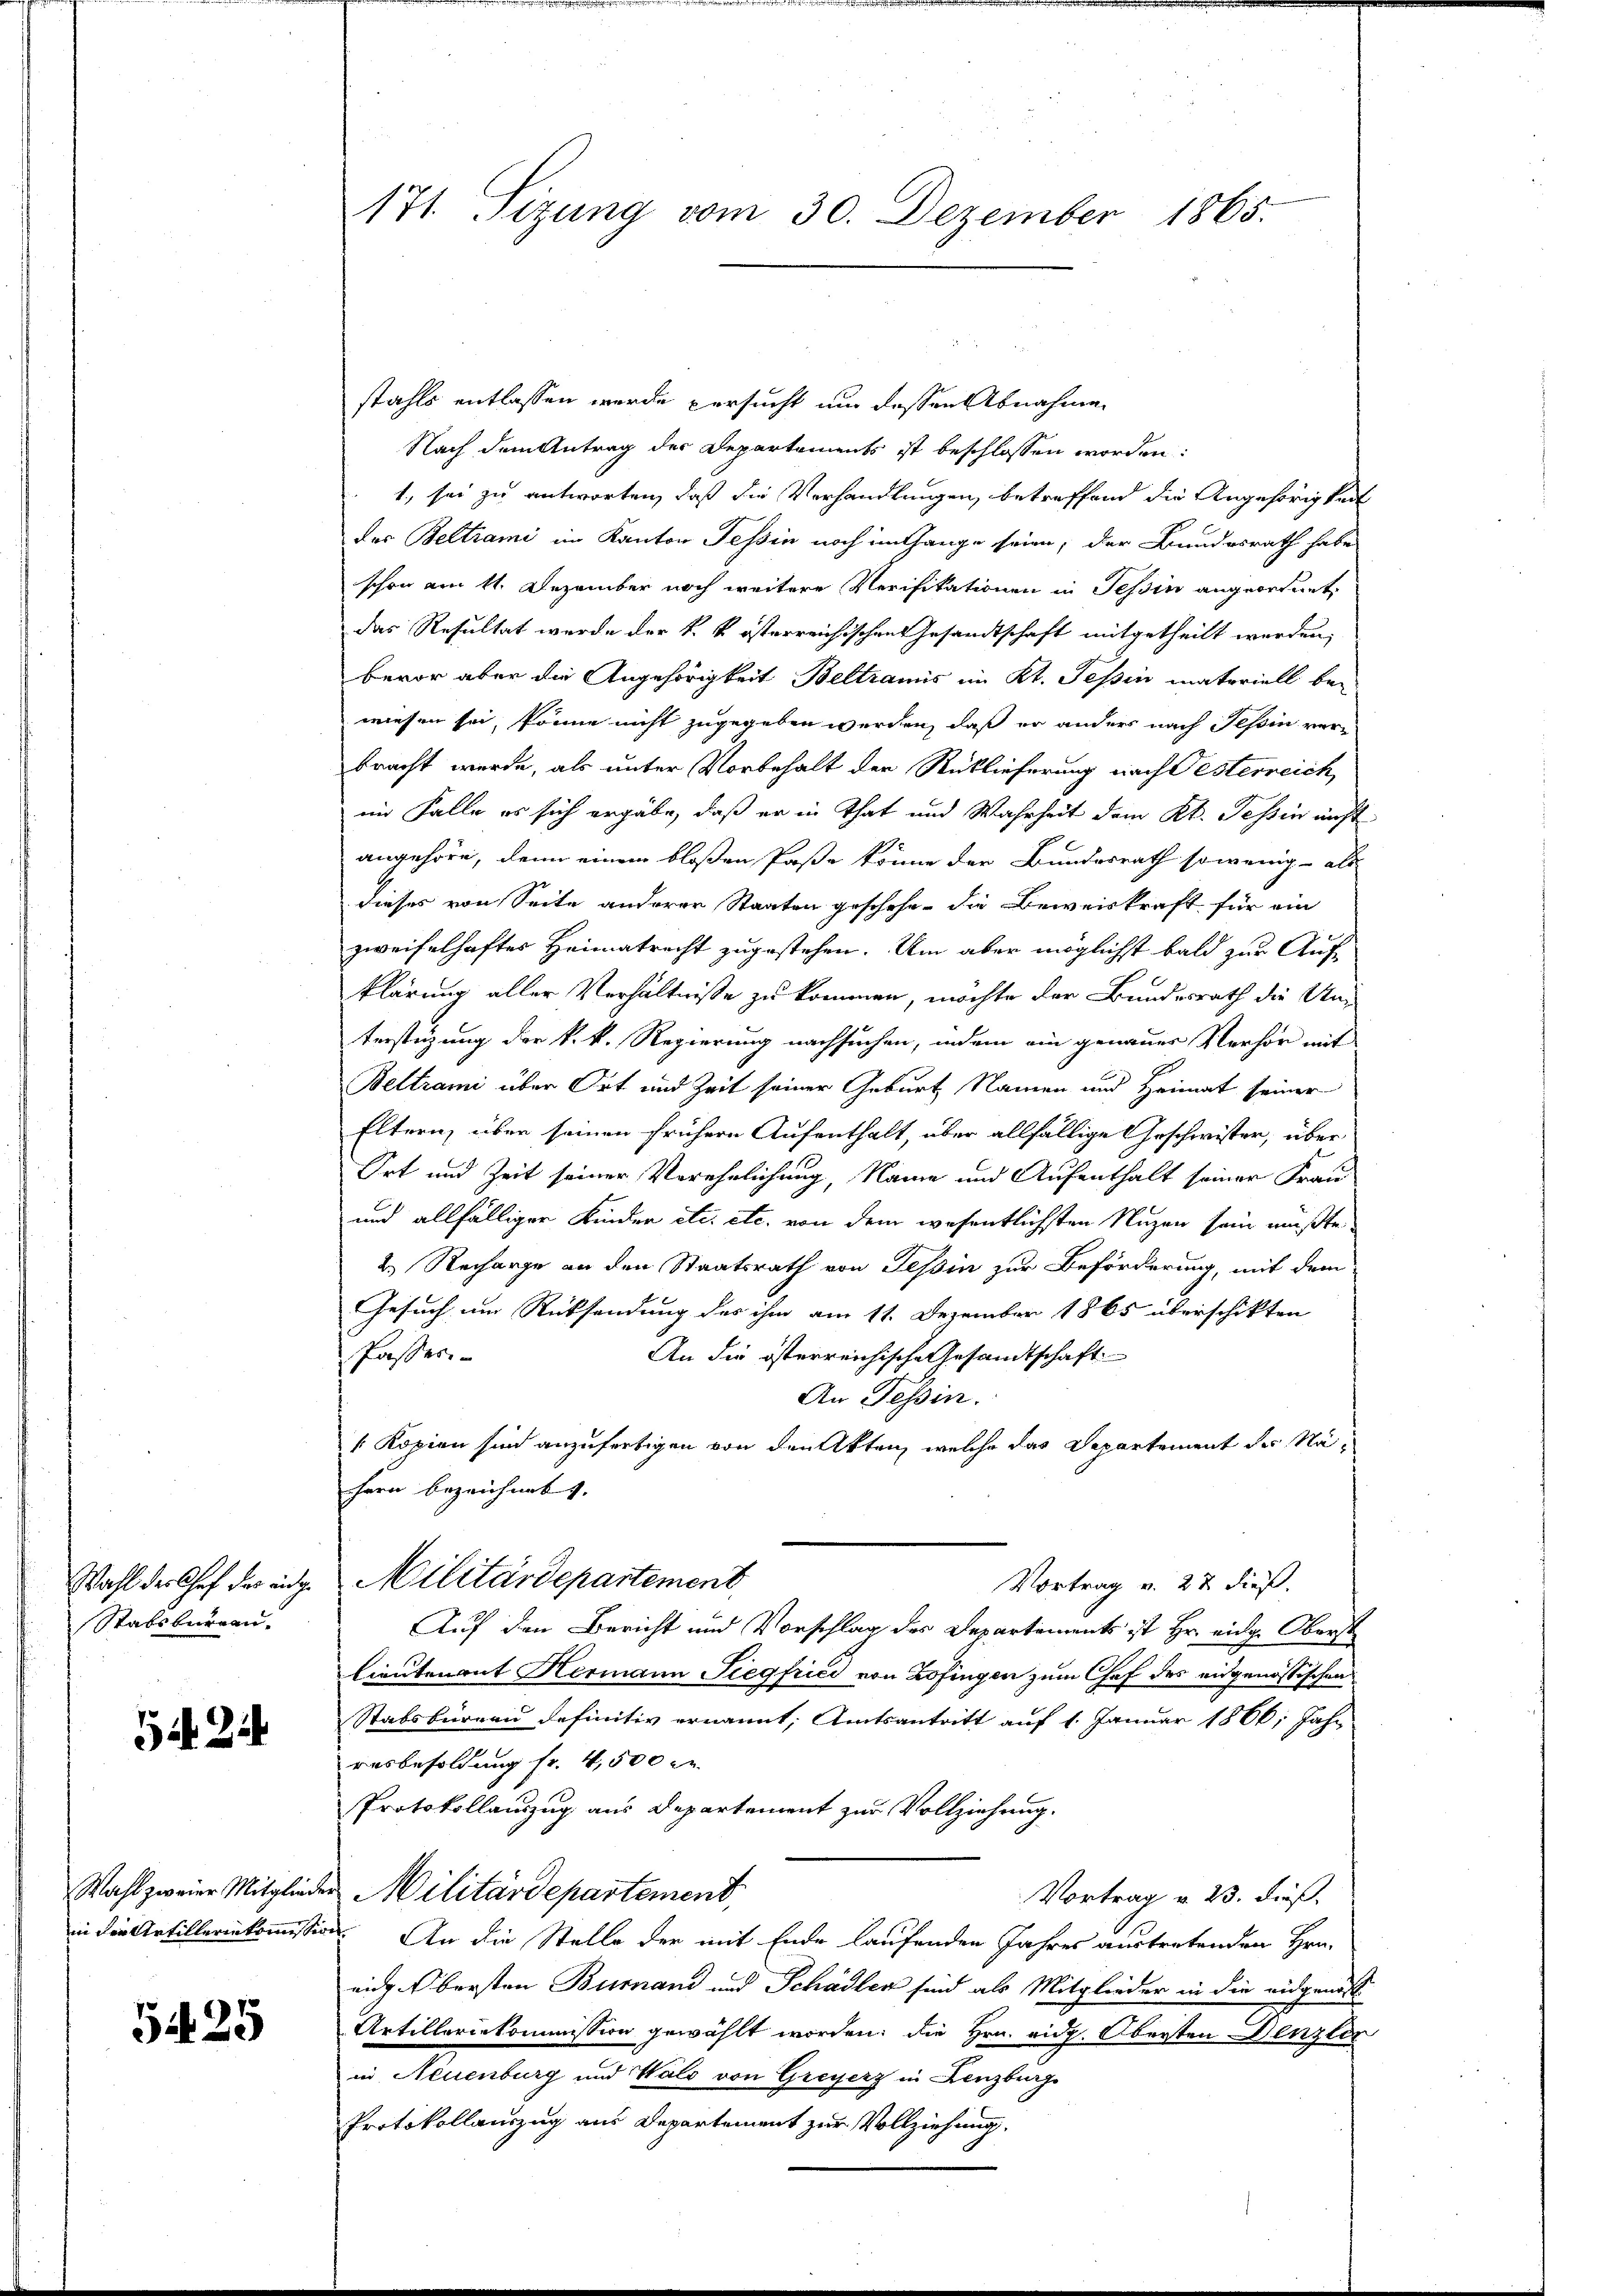
Stabsbureau.

G. 24

5425

stahls entlassen werde versucht um dessen Abnahme
Nach dem Antrag der Departements ist beschlossen worden:
1., sei zu antworten, daß die Verhandlungen, betreffend die Angehörigkeit
des Beltrami im Kanton Tessin noch im Gange seien, der Bundesrath habe
schon am 11. Dezember noch weitere Verifikationen in Tessin angeordnet,
das Resultat werde der k. k. österreichischen Gesandtschaft mitgetheilt worden,
bevor aber die Angehörigkeit Beltramis im Kt. Tessin materiell bewiesen sei, könne nicht zugegeben werden, daß er anders nach Tessin verbracht werde, als unter Vorbehalt der Reblieferung nach Testerreich
im Falle es sich ergäbe, daß er in That und Wahrheit dem Kt. Tessin nicht
angehöre, denn einem bloßen Paße könne der Bundesrath sowenig - als
dieses von Seite anderer Staaten geschehe, die Beweiskraft für ein
zweifelhaftes Heimatrecht zugestehen. Um aber möglichst bald zur Aufklärung aller Verhältnisse zu kommen, möchte der Bundesrath die Uniterstüzung der k. k. Regierung nachsuchen, indem ein genauer Verhör mit
Beltrami über Ort und Zeit seiner Geburt Namen und Heimat seiner
Eltern, über seinen frühere Aufenthalt, über allfällige Geschwister, über
Ort und Zeit seiner Verehrlichung, Name und Aufenthalt seiner Frau
und allfälliger Kinder etc. etc. von dem wesentlichsten Nuzen sein müßte.
2.) Recharge an den Staatsrath von Tessin zur Beförderung, mit dem
Gesuch um Rücksendung des ihm am 11. Dezember 1865 überschikten
An die österreichische Gesandtschaft
Passer
An Tessin.
/ Kopien sind anzufertigen von den Akten, welche das Departement der Nahern bezeichnet. |
Wahl der Chef der eidg. Militärdepartement
Vortrag v. 22 dieß.
Auf den Bericht und Vorschlag des Departements ist Hr. eidg. Oberst
lieutenant Hermann Siegfrici von Zofingen zum Chef des eidgenössischen
Stabsbureau definitiv ernannt; Amtsantritt auf 1. Januar 1866; Jahr
resbesoldung fr. 4,500 x
Protokollauszug aus Departement zur Vollziehung.
Wahl zweier Mitglieder Militärdepartement,
Vortrag v. 23. dieß.
in die Artillerinkommission. An die Stelle der mit Ende laufenden Jahres austretenden Hrn.
eidg. Obersten Bumnand und Schädler sind als Mitglieder in die eidgenös
Artilleriekommission gewählt worden; die Hrn. Eidg. Obersten Denzler
in Neuenburg und Wald von Greyerz in Lenzburg
Protokollauszug aus Departement zur Vollziehung.

171. Sizung vom 30. Dezember 1865.